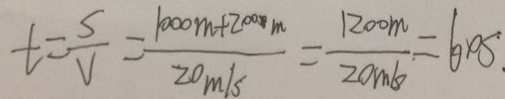
t = \frac { S } { V } = \frac { 1 0 0 0 m + 2 0 0 0 m } { 2 0 m / s } = \frac { 1 2 0 0 m } { 2 0 m / s } = 6 0 s